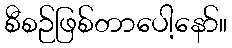
စီစဉ်ဖြစ်တာပေါ့နော်။